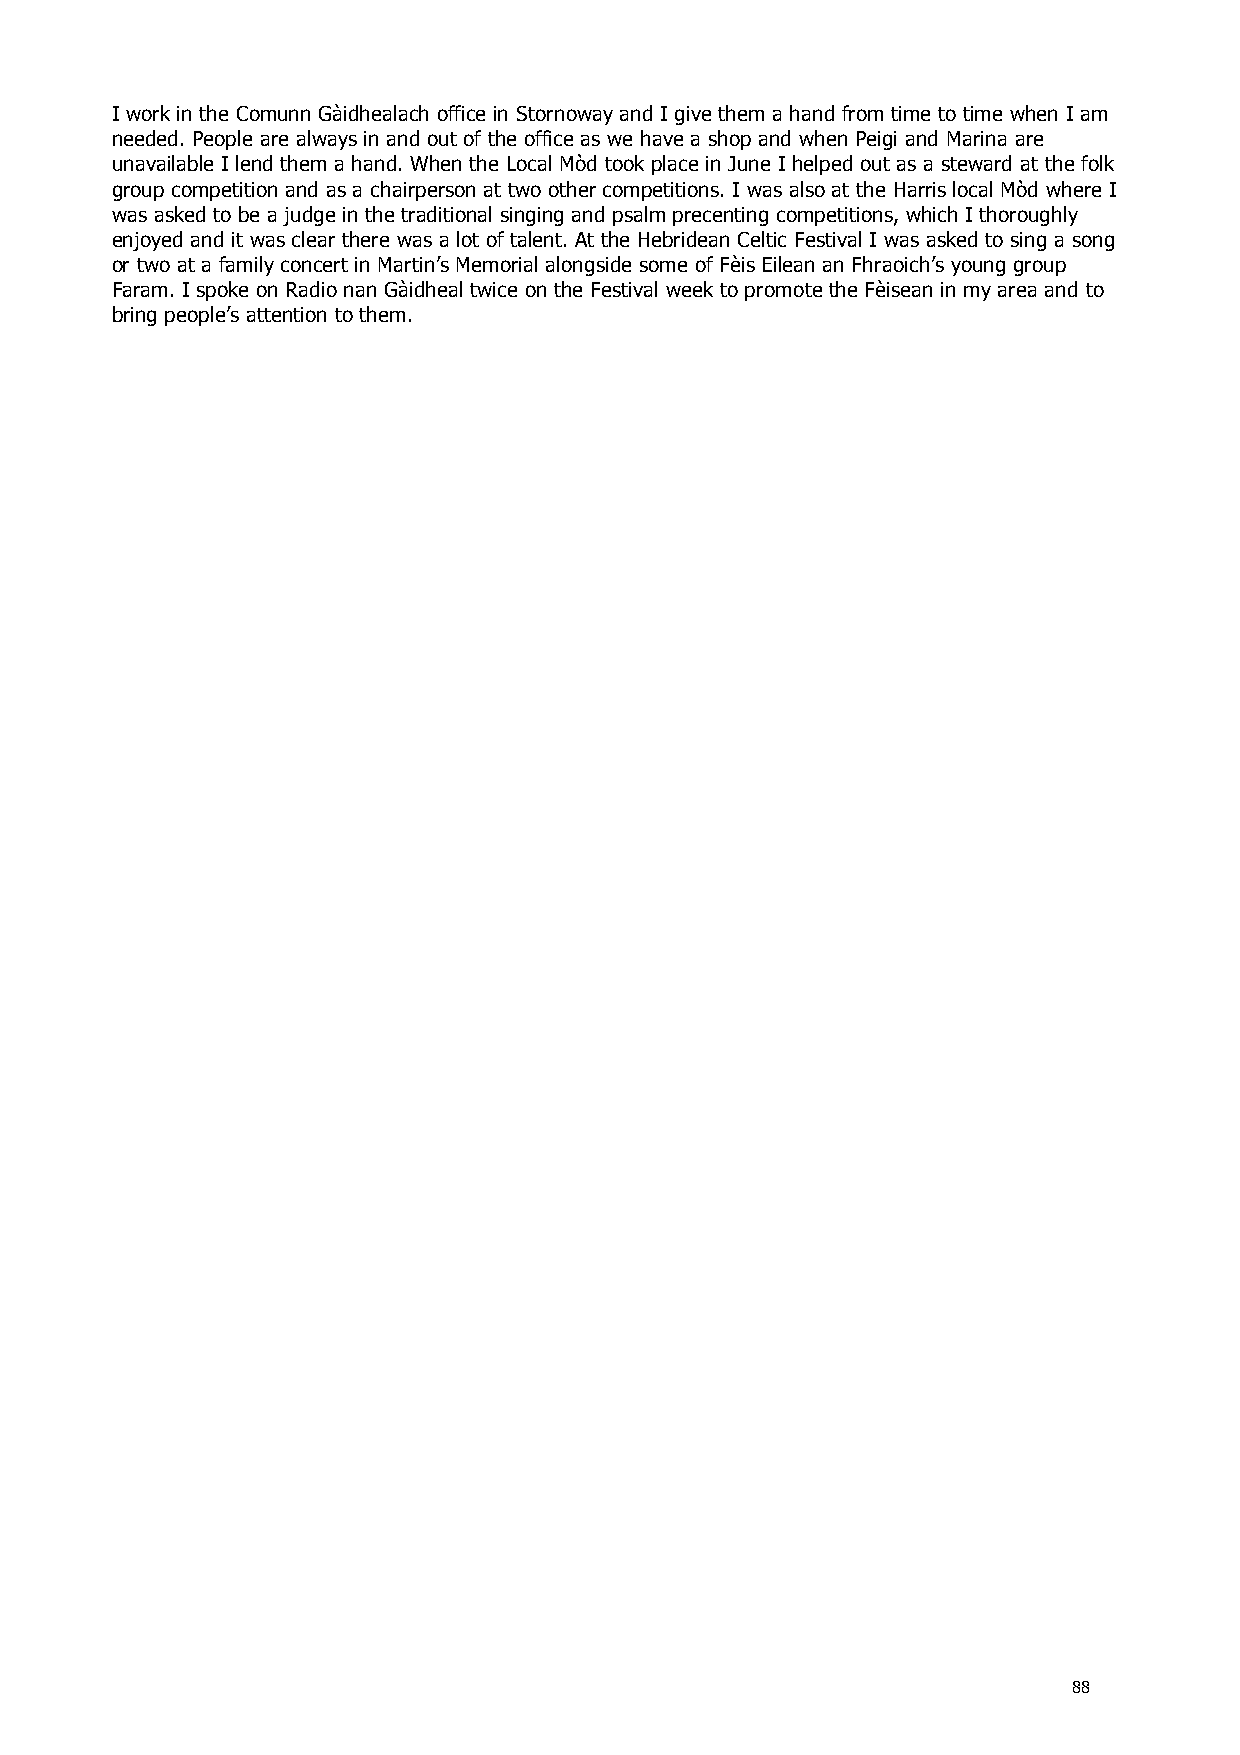
I work in the Comunn Gàidhealach office in Stornoway and I give them a hand from time to time when I am
 needed. People are always in and out of the office as we have a shop and when Peigi and Marina are
 unavailable I lend them a hand. When the Local Mòd took place in June I helped out as a steward at the folk
 group competition and as a chairperson at two other competitions. I was also at the Harris local Mòd where I
 was asked to be a judge in the traditional singing and psalm precenting competitions, which I thoroughly
 enjoyed and it was clear there was a lot of talent. At the Hebridean Celtic Festival I was asked to sing a song
 or two at a family concert in Martin’s Memorial alongside some of Fèis Eilean an Fhraoich’s young group
 Faram. I spoke on Radio nan Gàidheal twice on the Festival week to promote the Fèisean in my area and to
 bring people’s attention to them.
 88